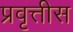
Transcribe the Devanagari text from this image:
प्रवृत्तीस